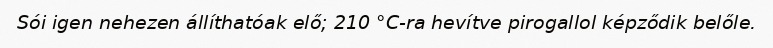
Sói igen nehezen állíthatóak elő; 210 °C-ra hevítve pirogallol képződik belőle.